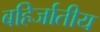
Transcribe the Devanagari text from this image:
बहिर्जातीय